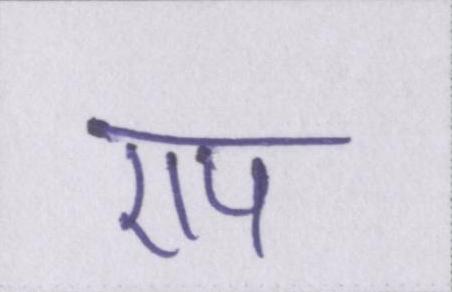
एप